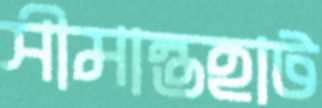
সীমান্তহাট